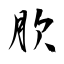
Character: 肷